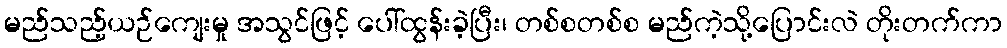
မည်သည့်ယဉ်ကျေးမှု အသွင်ဖြင့် ပေါ်ထွန်းခဲ့ပြီး၊ တစ်စတစ်စ မည်ကဲ့သို့ပြောင်းလဲ တိုးတက်ကာ